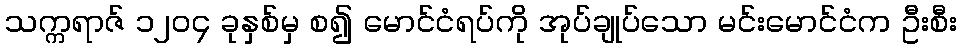
သက္ကရာဇ် ၁၂၀၄ ခုနှစ်မှ စ၍ မောင်ငံရပ်ကို အုပ်ချုပ်သော မင်းမောင်ငံက ဦးစီး